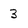
Character: 3